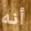
أنه